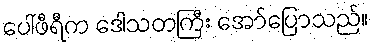
ပေါ်ဖီရီက ဒေါသတကြီး အော်ပြောသည်။